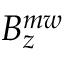
B _ { z } ^ { m w }